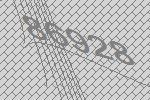
86928